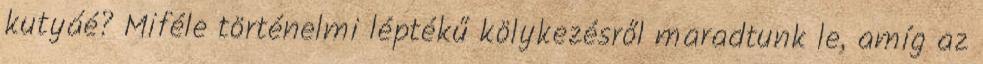
kutyáé? Miféle történelmi léptékű kölykezésről maradtunk le, amíg az